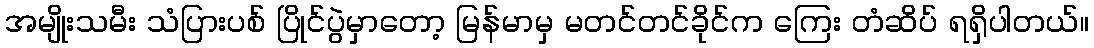
အမျိုးသမီး သံပြားပစ် ပြိုင်ပွဲမှာတော့ မြန်မာမှ မတင်တင်ခိုင်က ကြေး တံဆိပ် ရရှိပါတယ်။